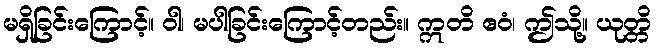
မရှိခြင်းကြောင့်။ ဝါ၊ မပါခြင်းကြောင့်တည်း။ ဣတိ ဧဝံ၊ ဤသို့။ ယုတ္တိ